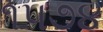
૧૫૭૪